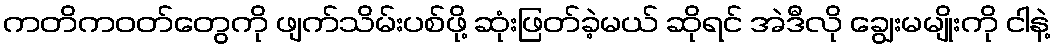
ကတိကဝတ်တွေကို ဖျက်သိမ်းပစ်ဖို့ ဆုံးဖြတ်ခဲ့မယ် ဆိုရင် အဲဒီလို ချွေးမမျိုးကို ငါနဲ့